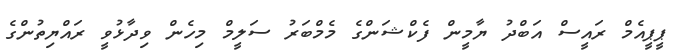
ޕީޕީއެމް ރައީސް އަބްދު ޔާމީން ފެކްޝަންގެ މެމްބަރު ސަލީމް މިހެން ވިދާޅުވީ ރައްޔިތުންގެ